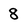
Character: 8